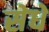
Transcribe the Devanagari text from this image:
सेधे